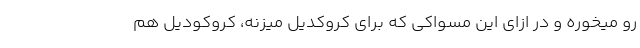
رو میخوره و در ازای این مسواکی که برای کروکدیل میزنه، کروکودیل هم